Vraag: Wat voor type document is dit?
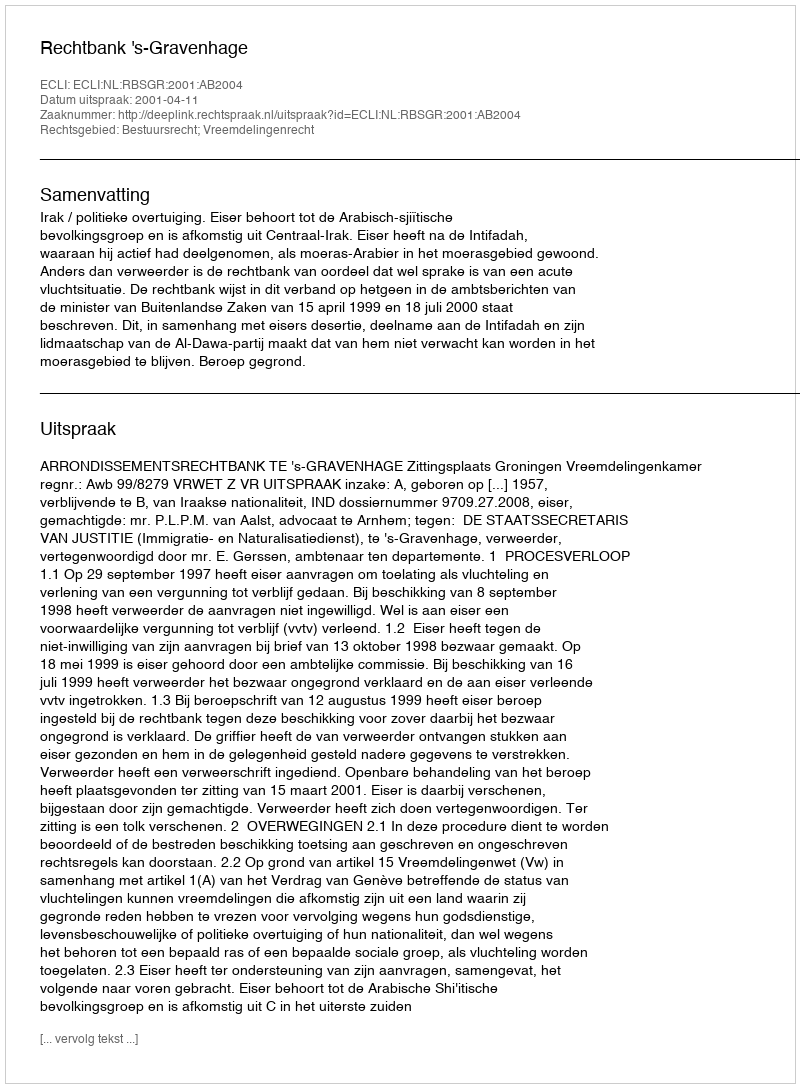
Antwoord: Uitspraak